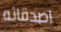
اصدقائه